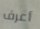
أعرف